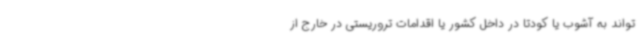
‌تواند به آشوب یا کودتا در داخل کشور یا اقدامات تروریستی در خارج از